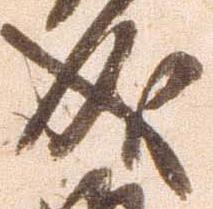
成